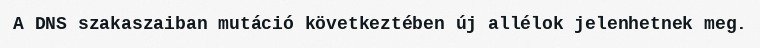
A DNS szakaszaiban mutáció következtében új allélok jelenhetnek meg.